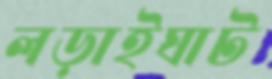
লড়াইঘাট